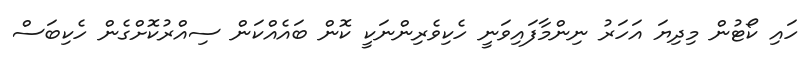
ހައި ކޯޓުން މިދިޔަ އަހަރު ނިންމާފައިވަނީ ހެކިވެރިންނަކީ ކޮން ބައެއްކަން ސިއްރުކޮށްގެން ހެކިބަސް